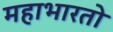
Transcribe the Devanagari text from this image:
महाभारतो